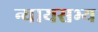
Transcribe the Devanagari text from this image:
न्यायसभ्य